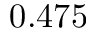
0 . 4 7 5